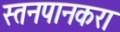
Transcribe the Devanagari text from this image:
स्तनपानकरा